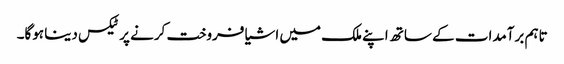
تاہم برآمدات کے ساتھ اپنے ملک میں اشیا فروخت کرنے پر ٹیکس دینا ہوگا۔